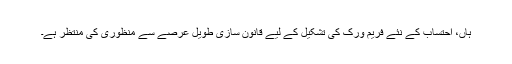
ہاں، احتساب کے نئے فریم ورک کی تشکیل کے لیے قانون سازی طویل عرصے سے منظوری کی منتظر ہے۔